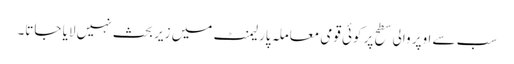
سب سے اوپر والی سطح پر کوئی قومی معاملہ پارلیمنٹ میں زیر بحث نہیں لایا جاتا۔